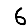
Digit: 6